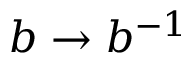
b \to b ^ { - 1 }